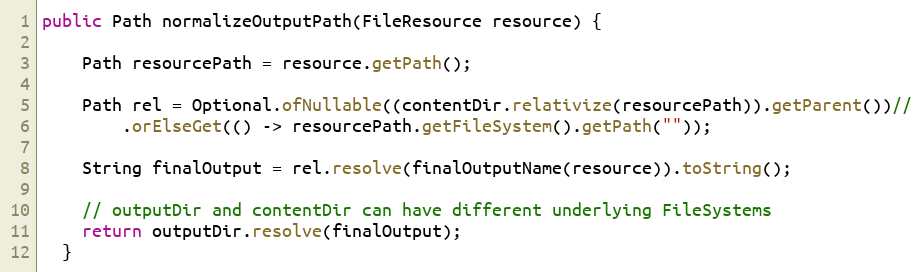
Language: Java
public Path normalizeOutputPath(FileResource resource) {

    Path resourcePath = resource.getPath();

    Path rel = Optional.ofNullable((contentDir.relativize(resourcePath)).getParent())//
        .orElseGet(() -> resourcePath.getFileSystem().getPath(""));

    String finalOutput = rel.resolve(finalOutputName(resource)).toString();

    // outputDir and contentDir can have different underlying FileSystems
    return outputDir.resolve(finalOutput);
  }